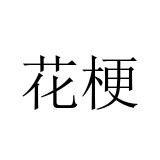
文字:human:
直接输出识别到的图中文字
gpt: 花梗